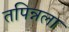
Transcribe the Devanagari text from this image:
तपिन्नला